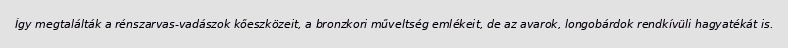
Így megtalálták a rénszarvas-vadászok kőeszközeit, a bronzkori műveltség emlékeit, de az avarok, longobárdok rendkívüli hagyatékát is.